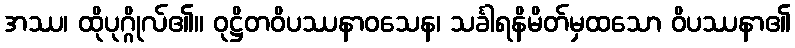
အဿ၊ ထိုပုဂ္ဂိုလ်၏။ ဝုဋ္ဌိတဝိပဿနာဝသေန၊ သင်္ခါရနိမိတ်မှထသော ဝိပဿနာ၏